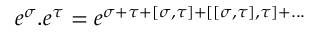
e ^ { \sigma } . e ^ { \tau } = e ^ { \sigma + \tau + [ \sigma , \tau ] + [ [ \sigma , \tau ] , \tau ] + . . . }